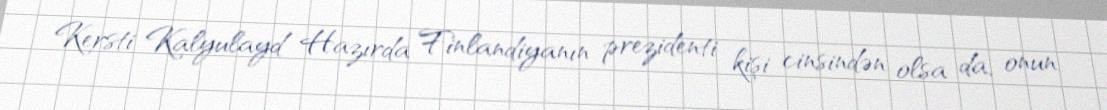
Kersti Kalyulayd Hazırda Finlandiyanın prezidenti kişi cinsindən olsa da, onun